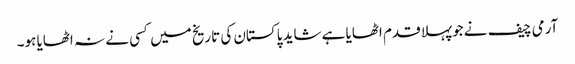
آرمی چیف نے جوپہلا قدم اٹھایا ہے شاید پاکستان کی تاریخ میں کسی نے نہ اٹھایا ہو۔